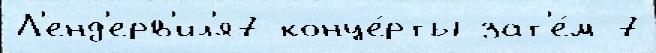
Л'енд'ерв'ил'я7 конце́рты зат'е́м 7